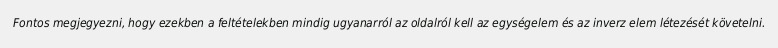
Fontos megjegyezni, hogy ezekben a feltételekben mindig ugyanarról az oldalról kell az egységelem és az inverz elem létezését követelni.